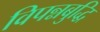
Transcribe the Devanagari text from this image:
विपन्नबुद्धि